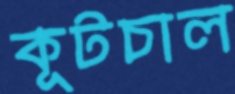
কূটচাল